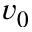
v _ { 0 }